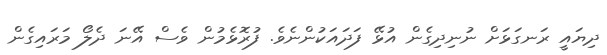
ދިޔައީ ރަނގަޅަށް ނުނިދިގެން އުޅޭ ފަދައަކުންނެވެ. ފުރޮޅެމުން ވެސް އޭނަ ދެލޯ މަރައިގެން